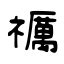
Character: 禲